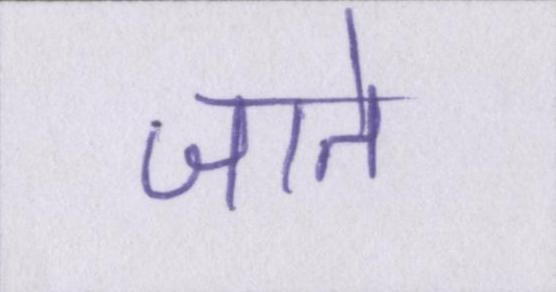
जाते